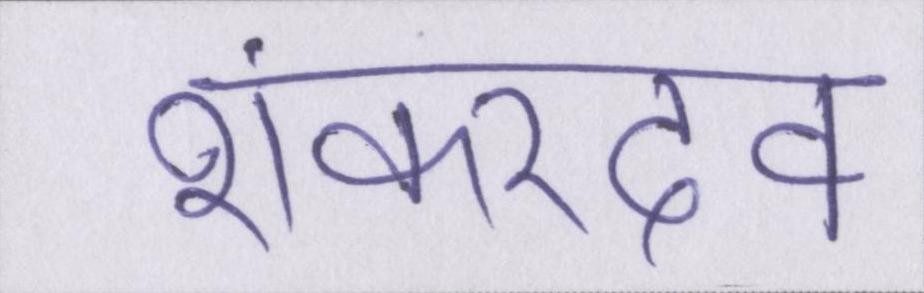
शंकरदेव